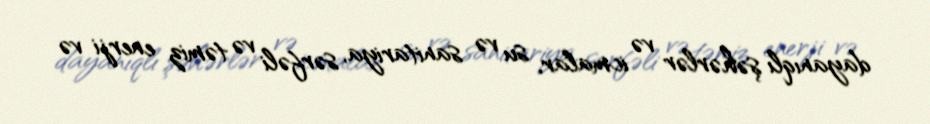
dayanıqlı şəhərlər və icmalar, su və sanitariya, sərfəli və təmiz enerji və